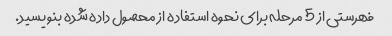
فهرستی از 5 مرحله برای نحوه استفاده از محصول داده شده بنویسید.